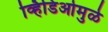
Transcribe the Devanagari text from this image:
व्हिडिओमुळे